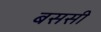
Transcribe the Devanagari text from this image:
बससी